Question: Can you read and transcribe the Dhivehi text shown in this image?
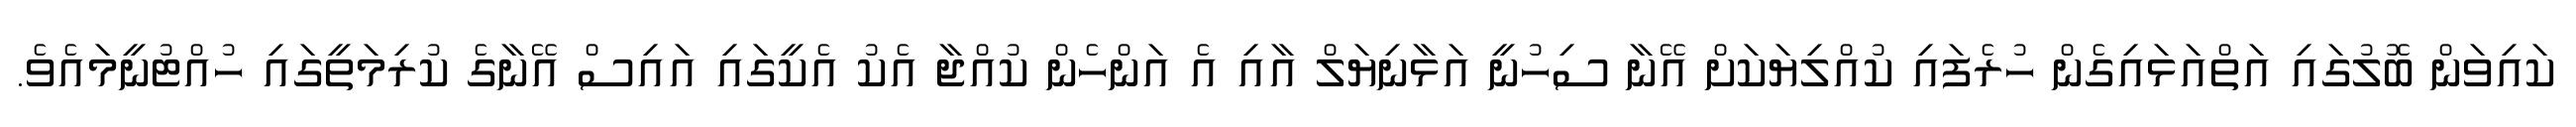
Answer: ކައިވަން ބޮލުގައި އަތްއަޅައިގެން ހުރެފައި ކުއްލިޔަކަށް އޭނާ ސިހުނީ އަޅާނިޔަލް އާއި އެ އަންހެން ކުއްޖާ އެކު އެކީގައި އައިސް އޭނާގެ ކުރިމަތީގައި ހުއްޓުނީމައެވެ.